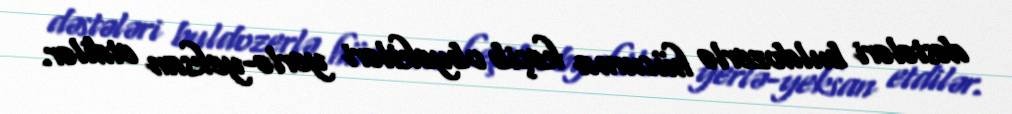
dəstələri buldozerlə hücuma keçib obyektləri yerlə-yeksan etdilər.